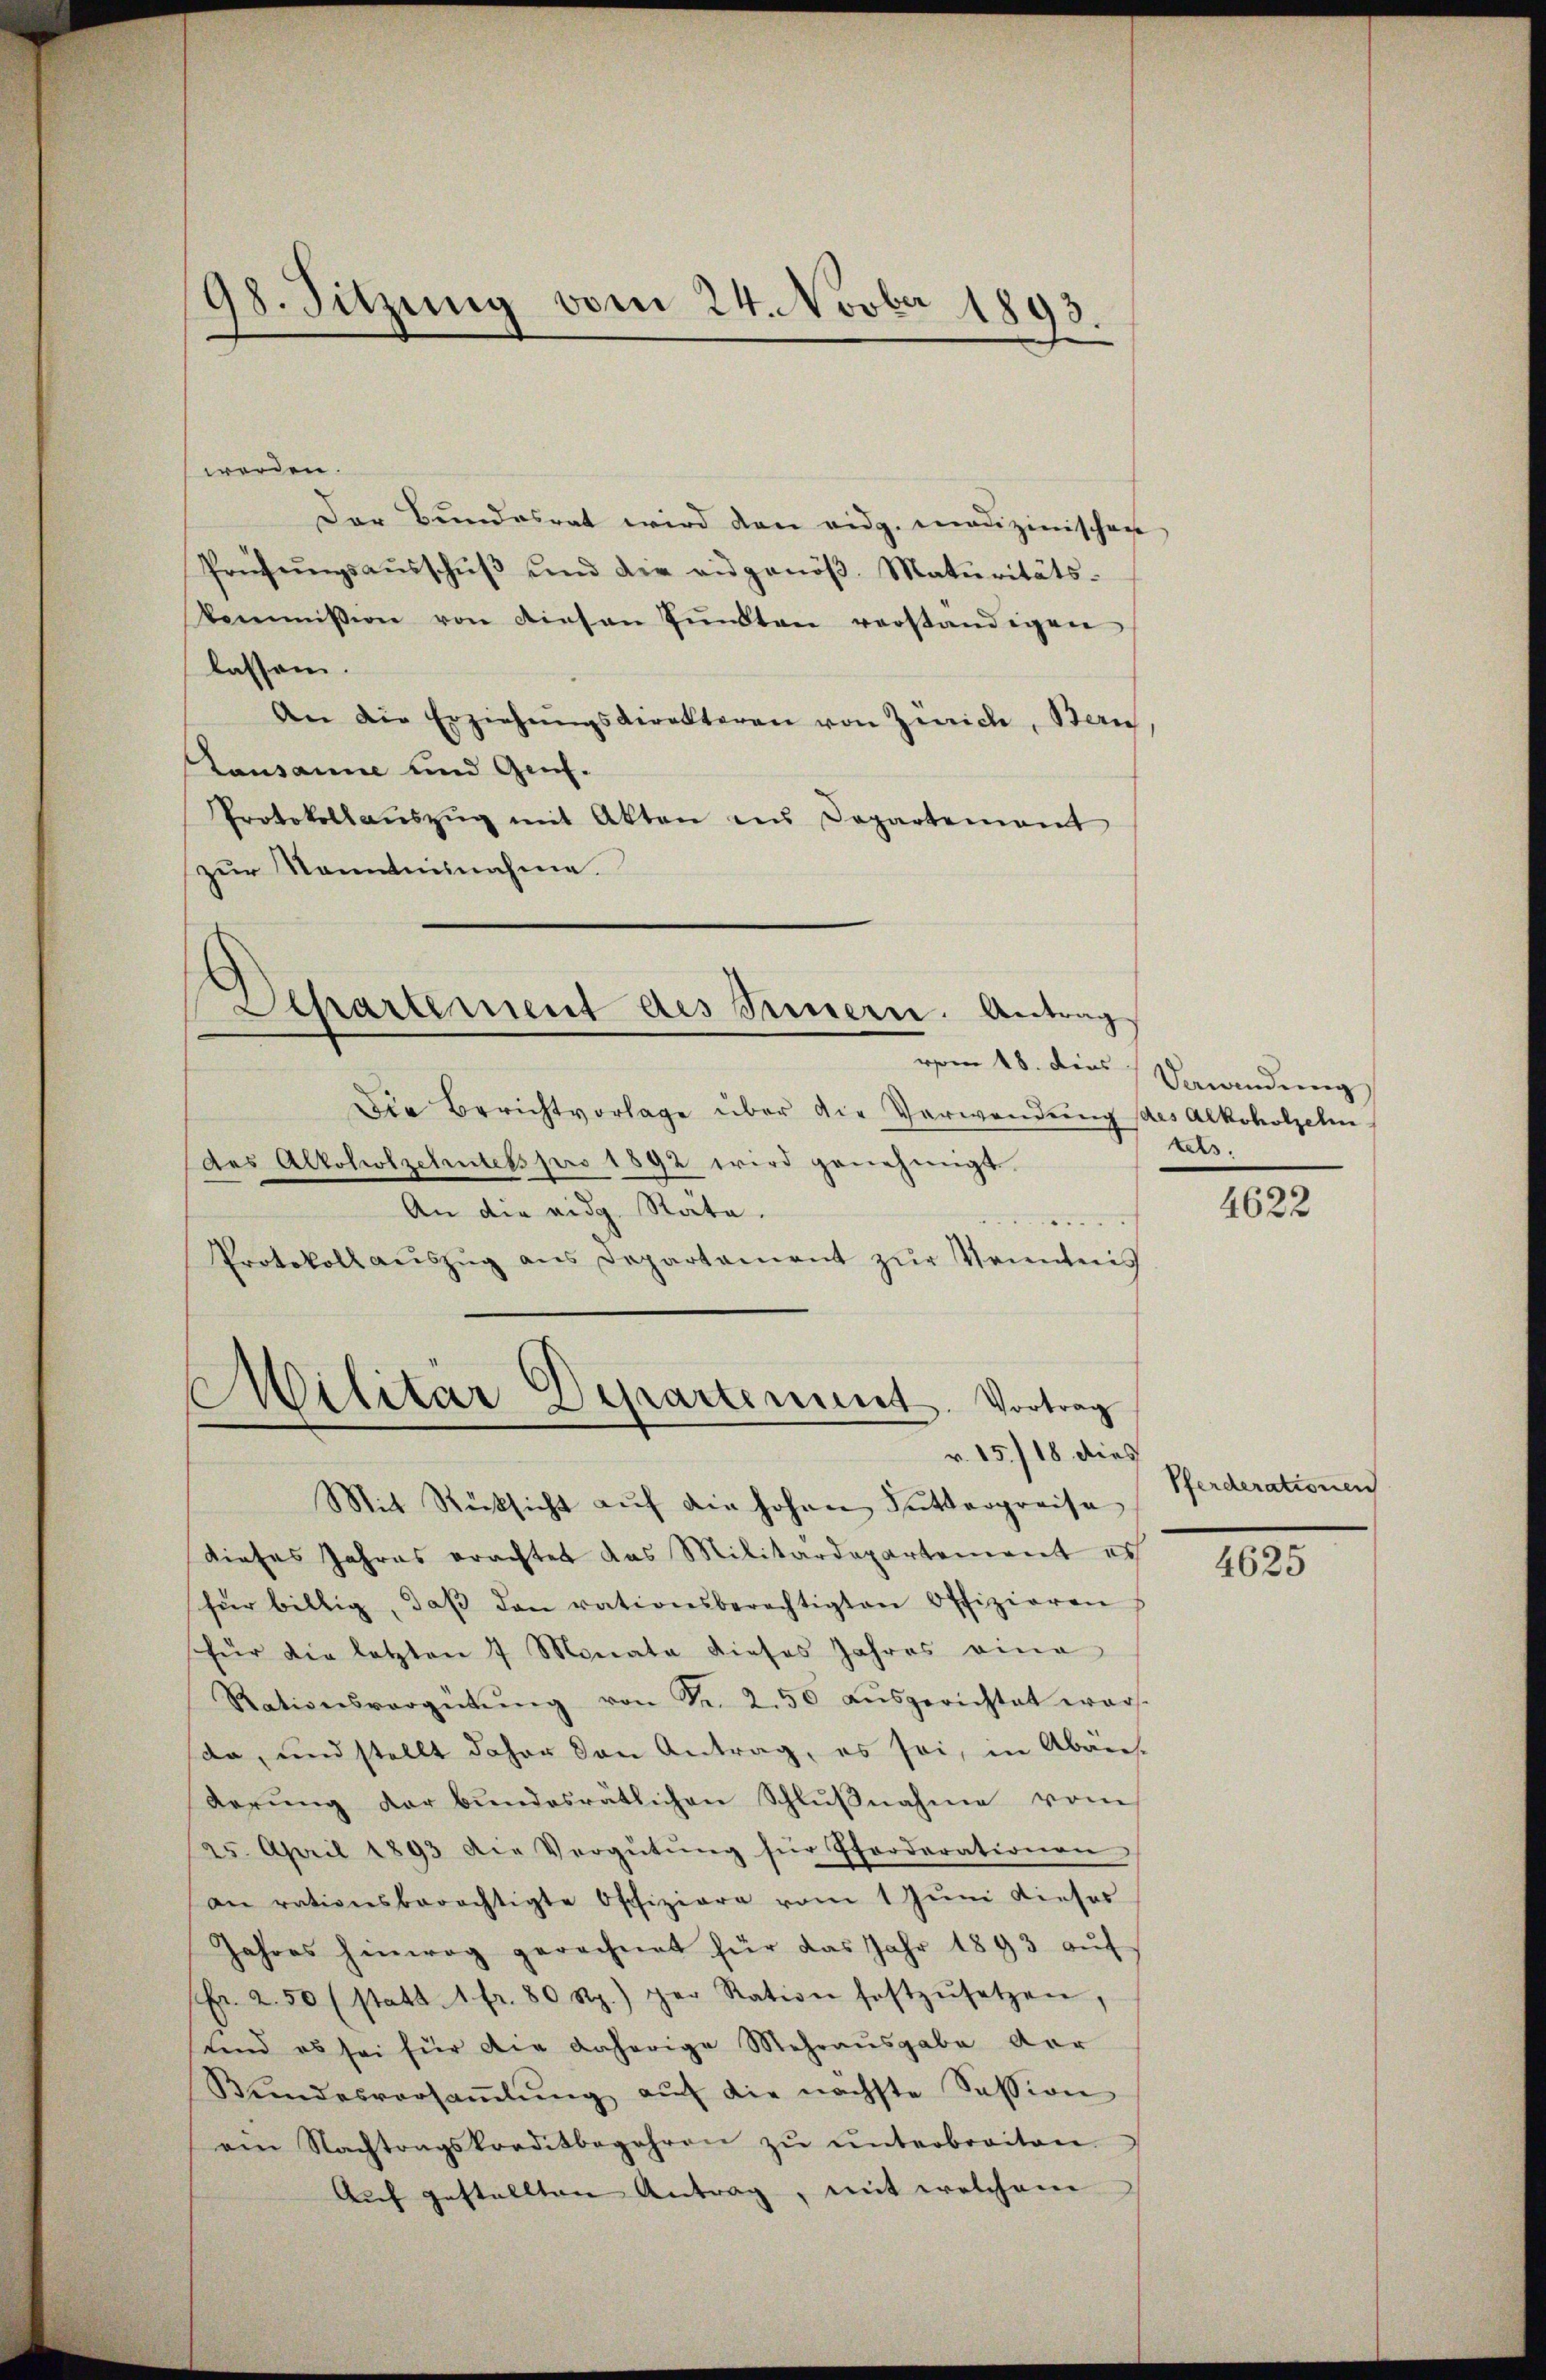
98. Sitzung vom 24. Novber 1893.

werden.
Der Bundesrat wird den eidg. medizinischen
Prüfŭngsaŭsschŭβ ŭnd die eidgenöβ. Maturitäts-
kommission von diesen Pŭnkten verständigen
lassen.
An die Erziehŭngsdirekteren von Zürich, Bern
Lausanne und Genf.
Protokollaŭszŭg mit Akten ins Departement
zur Kenntnisnahme.
Dehartement des Innern. Antrag
vom 18. dies Verandung
Die Berichtvorlage über die Verwendung des Alkoholzelin
des Alkoholzehntets pro 1892 wird genehmigt.
An die eidg. Räte.
e
Protokoll aŭszŭg ans Departament zŭr Kenntnis

Militär Departement. Vortrag
v. 15./18 dies

Mit Rücksicht aŭf die hohen Futterpreise
dieses Jahres erachtet das Militärdepartement es
für billig, daβ den rationsberechtigten Offizieren
für die letzten 7 Monata dieses Jahres eine
Rationsvergütŭng von Fr. 2.50 aŭsgerichtet war.
da, und stellt daher den Antrag, es sei, in Abän
Terŭng der bŭndesrätlichen Schlŭβnahme vom
25. April 1893 die Vergütŭng für Pforderationen
an rationsberechtigte Offiziere vom 1 Jŭni dieser
Jahres hinweg gerechnet für das Jahr 1893 aŭf
fr. 2.50 (statt 1 fr. 80 Rp.) per Ration festzŭsetzen,
sind es sei für die daherige Mehrausgabe der
Bŭndesversaṁlŭng aŭf die nächste Session
ein Nachtragskorditbegehren zŭ ŭnterbreiten.
Auf gestellten Antrag, mit welchem

tets

4622

Pferderationen

4625